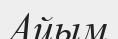
Айым